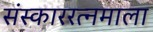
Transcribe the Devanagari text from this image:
संस्काररत्नमाला